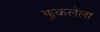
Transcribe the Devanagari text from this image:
झुकलेला